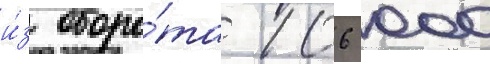
и́з оборо́та 106 000